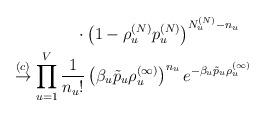
LaTeX: \begin{align*}&\qquad\qquad \cdot\left(1-\rho_u^{(N)} p_u^{(N)} \right)^{N_u^{(N)} - n_u} \\&\stackrel{(c)}{\to} \prod_{u = 1}^V \frac{1}{n_u!} \left(\beta_u \tilde{p}_u \rho_u^{(\infty)} \right)^{n_u } e^{- \beta_u \tilde{p}_u \rho_u^{(\infty)}} \end{align*}